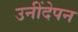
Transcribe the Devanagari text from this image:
उनींदेपन